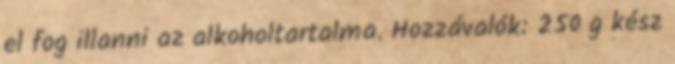
el fog illanni az alkoholtartalma. Hozzávalók: 250 g kész